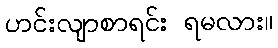
ဟင်းလျာစာရင်း ရမလား။